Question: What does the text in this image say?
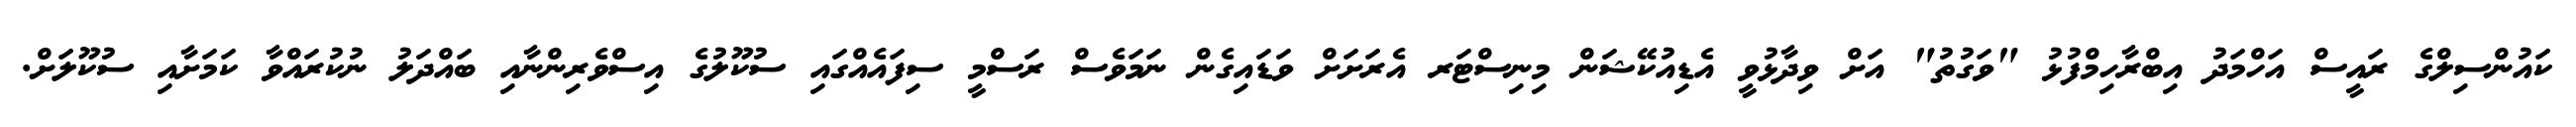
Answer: ކައުންސިލްގެ ރައީސް އަހްމަދު އިބްރާހިމްފުޅު "ވަގުތު" އަށް ވިދާޅުވީ އެޑިއުކޭޝަން މިނިސްޓަރ އެރަށަށް ވަޑައިގެން ނަމަވެސް ރަސްމީ ސިފައެއްގައި ސުކޫލުގެ އިސްވެރިންނާއި ބައްދަލު ނުކުރައްވާ ކަމަށާއި ސުކޫލަށް.